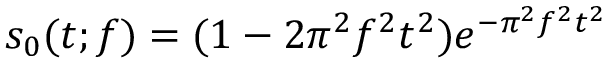
s _ { 0 } ( t ; f ) = ( 1 - 2 \pi ^ { 2 } f ^ { 2 } t ^ { 2 } ) e ^ { - \pi ^ { 2 } f ^ { 2 } t ^ { 2 } }